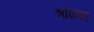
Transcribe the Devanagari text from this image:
श्राइनर